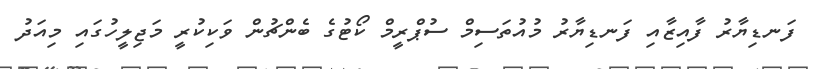
ފަނޑިޔާރު ފާއިޒާއި ފަނޑިޔާރު މުއުތަސިމް ސުޕްރީމް ކޯޓުގެ ބެންޗުން ވަކިކުރީ މަޖިލީހުގައި މިއަދު